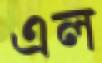
এল